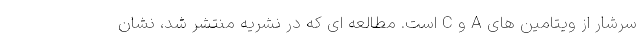
سرشار از ویتامین های A و C است. مطالعه ای که در نشریه منتشر شد، نشان